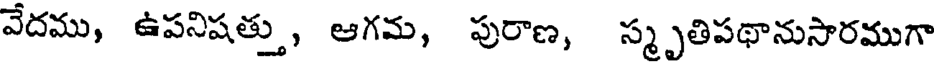
వేదము, ఉపనిషత్తు, ఆగమ, పురాణ, స్మృతిపథానుసారముగా